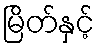
မြိတ်နှင့်